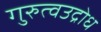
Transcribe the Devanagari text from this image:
गुरुत्वउद्रोध